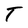
Character: T